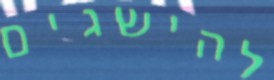
להישגים